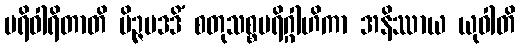
ပရိဝါရိတာတိ မိဉ္ဇမဒဒိံ စတုသစ္စပရိဂ္ဂါဟိကာ အနိဿာယ ယုဝါတိ